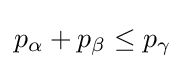
p_{\alpha }+p_{\beta }\leq p_{\gamma }